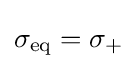
\sigma _{\mathrm {eq} }=\sigma _{+}